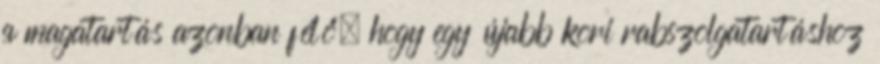
a magatartás azonban félő, hogy egy újabb kori rabszolgatartáshoz